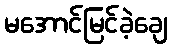
မအောင်မြင်ခဲ့ချေ